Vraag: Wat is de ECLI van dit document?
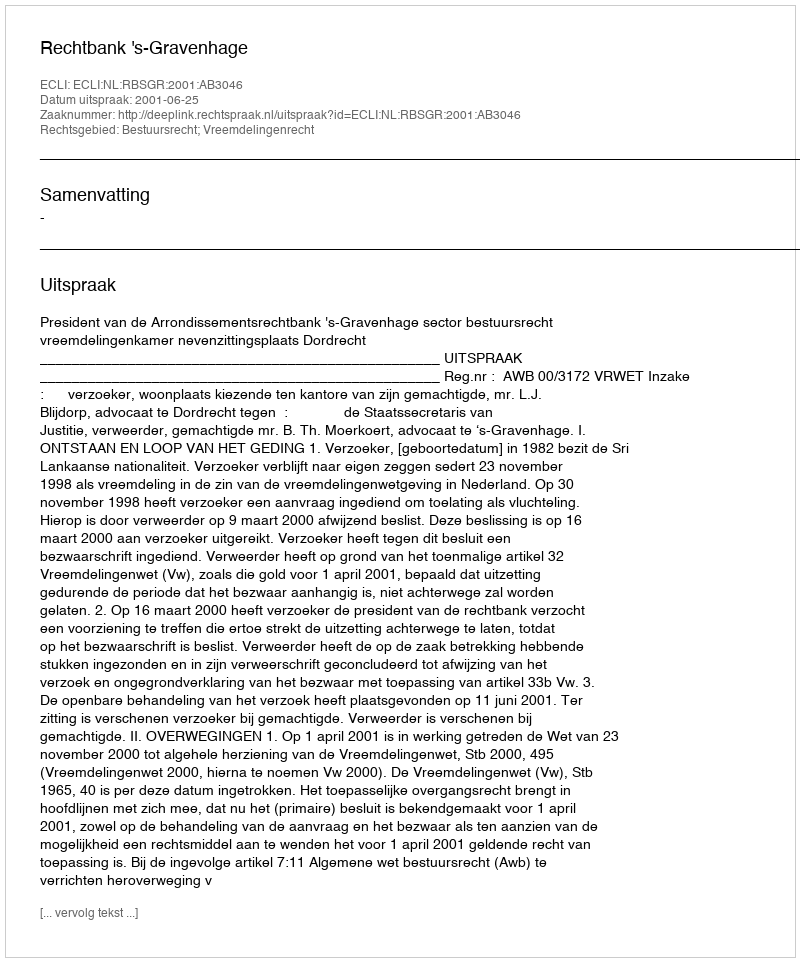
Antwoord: ECLI:NL:RBSGR:2001:AB3046